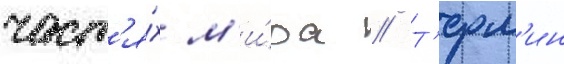
част'я́х м'и́ра // Т'ерм'ин